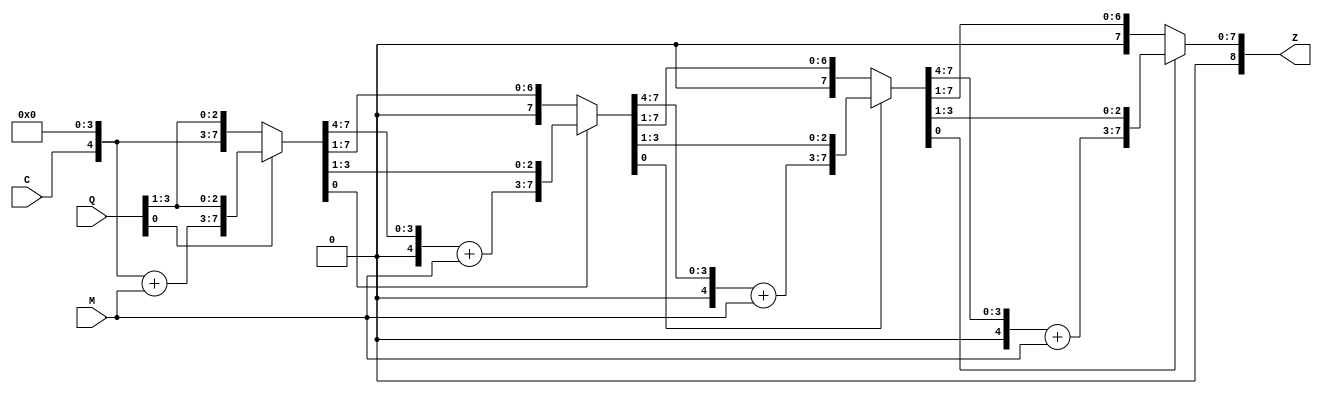
// Code your design here
module sequential_multiplier(
  input C,
  input [3:0] M,
  input [3:0] Q,
  output reg [8:0] Z
);
  integer i;
  
  reg [3:0] A = 0;
  always@(M,Q,C)
    begin
      Z[8:0] = {C, A, Q};
      for(i=0; i<4; i=i+1)
        begin
          if(Z[0] == 1)
            begin
                Z[8:4] = Z[8:4] + M;
                Z = Z>>1;
            end
          else
            Z = Z>>1;
        end
    end
endmodule